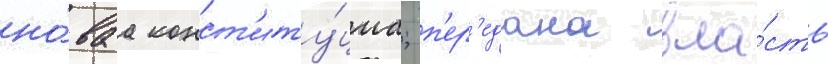
но́ваа конст'иту́циа; п'ер'едана вла́сть